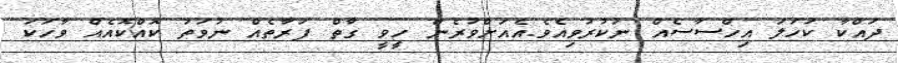
ދައްކާ ކަހަލަ އިހްސާސެއް ނުކުރުވިއެވެ.އެއަށްވުރެން ހީވީ ގާތް ފަރާތެއް ނުވަތަ ކޮއްކޮއެއް ވާހަކަ